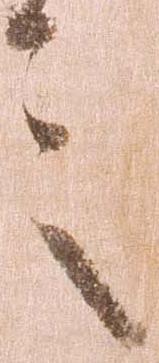
言